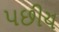
પછીય